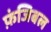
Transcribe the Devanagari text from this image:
फ़ंजिबल